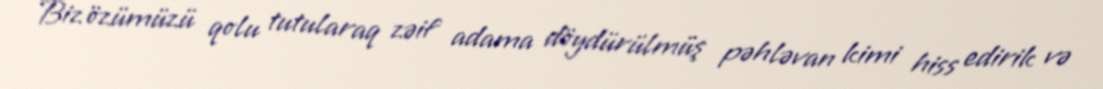
Biz özümüzü qolu tutularaq zəif adama döydürülmüş pəhləvan kimi hiss edirik və